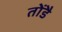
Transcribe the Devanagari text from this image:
तोंडै